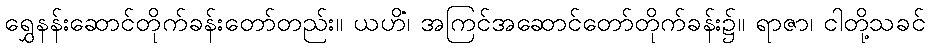
ရွှေနန်းဆောင်တိုက်ခန်းတော်တည်း။ ယဟိံ၊ အကြင်အဆောင်တော်တိုက်ခန်း၌။ ရာဇာ၊ ငါတို့သခင်